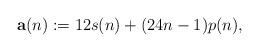
\begin{align*} {\bf a}(n) := 12 s(n) + (24n - 1)p(n),\end{align*}